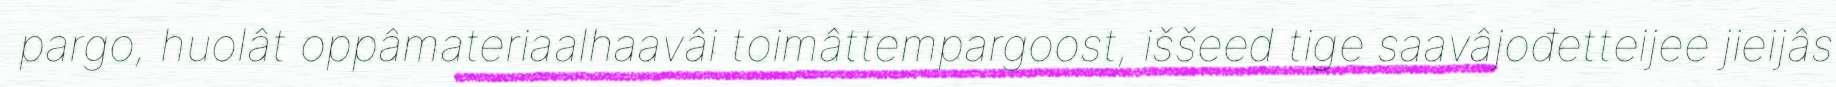
pargo, huolât oppâmateriaalhaavâi toimâttempargoost, iššeed tige saavâjođetteijee jieijâs